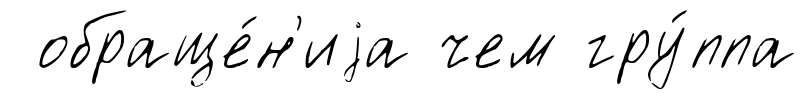
обраще́н'иjа чем гру́ппа